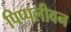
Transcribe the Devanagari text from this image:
पिप्पलीवन